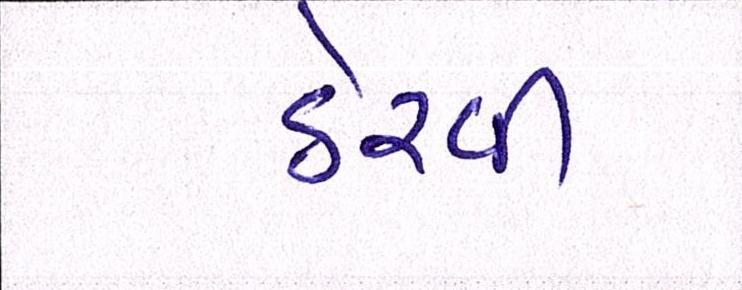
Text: ઠેરવી